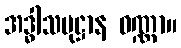
အဒ္ဓါသမုဋ္ဌာန ဝဏ္ဏာ။